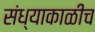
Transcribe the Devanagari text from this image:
संध्याकाळीच